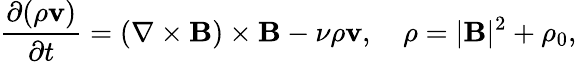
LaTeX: \frac{\partial(\rho\textbf{v})}{\partial t}=(\nabla\times\textbf{B})\times\textbf{B}-\nu\rho\textbf{v},\quad\rho=|\textbf{B}|^{2}+\rho_{0},